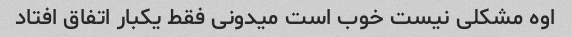
اوه مشکلی نیست خوب است میدونی فقط یکبار اتفاق افتاد